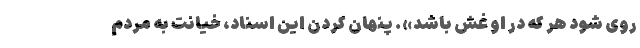
روی شود هر که در او غش باشد». پنهان کردن این اسناد، خیانت به مردم